Annual administration report of the Civil Veterinary Department, Ajmere-Merwara, British Rajputana - 1914-1940
Year: 1914
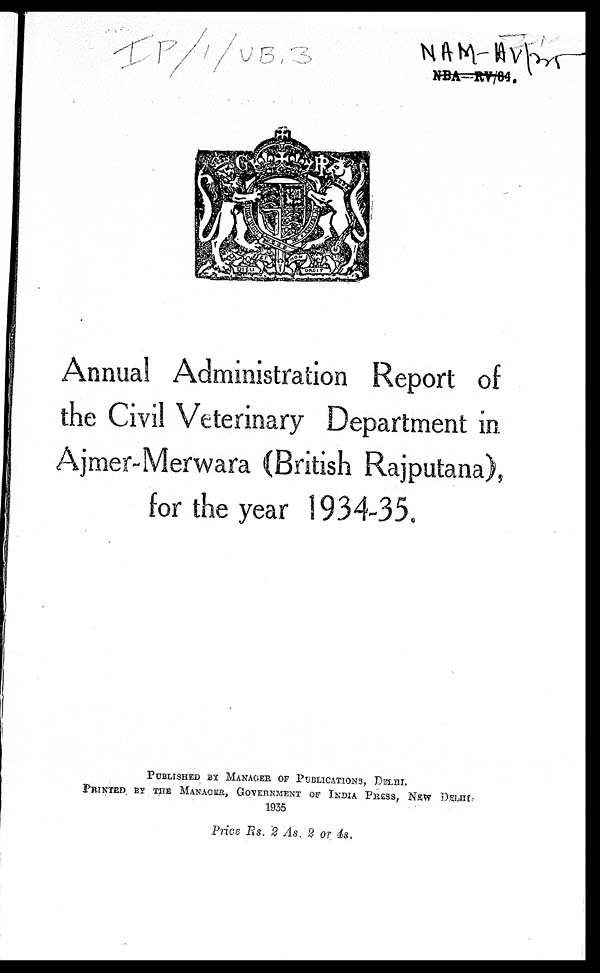
Annual Administration Report of
the Civil Veterinary Department in
Ajmer-Merwara (British Rajputana),
for the year 1934-35.
PUBLISHED BY MANAGER OF PUBLICATIONS,
DELHI.
PRINTED BY THE MANAGER, GOVERNMENT OF INDIA PRESS,
NEW DELHI.
1935
Price Rs. 2 As. 2 or 4s.